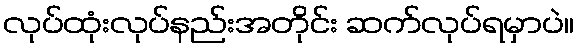
လုပ်ထုံးလုပ်နည်းအတိုင်း ဆက်လုပ်ရမှာပဲ။